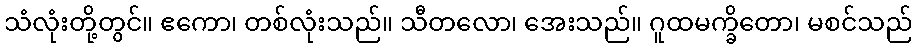
သံလုံးတို့တွင်။ ဧကော၊ တစ်လုံးသည်။ သီတလော၊ အေးသည်။ ဂူထမက္ခိတော၊ မစင်သည်